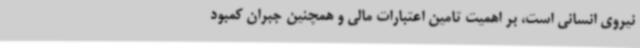
نیروی انسانی است، بر اهمیت تامین اعتبارات مالی و همچنین جبران کمبود